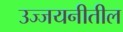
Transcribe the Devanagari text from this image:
उज्जयनीतील